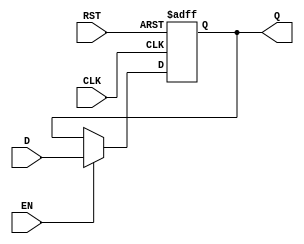
module BarrierRegister #(
    parameter DATA_WIDTH = 8  // Parameter to define the width of data inputs/outputs
) (
    input  wire [DATA_WIDTH-1:0] D,  // Data inputs
    input  wire EN,                   // Enable signal
    input  wire CLK,                  // Clock signal
    input  wire RST,                  // Asynchronous reset
    output reg  [DATA_WIDTH-1:0] Q    // Data outputs
);

// Asynchronous reset and synchronous data latching
always @(posedge CLK or posedge RST) begin
    if (RST) begin
        Q <= {DATA_WIDTH{1'b0}};  // Clear output to zero on reset
    end else if (EN) begin
        Q <= D;                   // Latch input data on clock edge if enabled
    end
    // If EN is low, Q retains its current value
end

endmodule